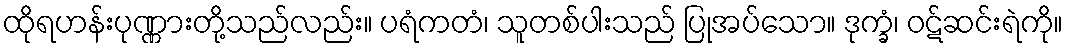
ထိုရဟန်းပုဏ္ဏားတို့သည်လည်း။ ပရံကတံ၊ သူတစ်ပါးသည် ပြုအပ်သော။ ဒုက္ခံ၊ ဝဋ်ဆင်းရဲကို။